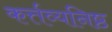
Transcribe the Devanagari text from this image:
कर्त्तव्यनिष्ठ